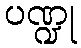
ပဏ္ဍု